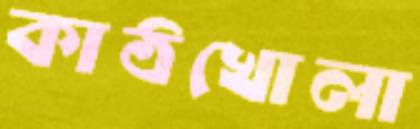
কাঠখোলা